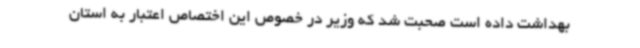
بهداشت داده است صحبت شد که وزیر در خصوص این اختصاص اعتبار به استان